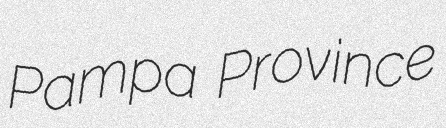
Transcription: Pampa Province